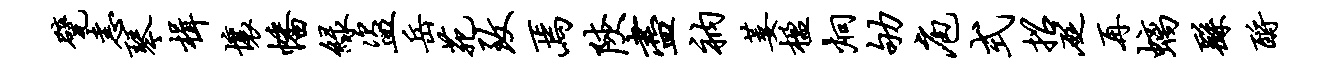
甓恚琴楫壤幡绿盗岳苑致焉陕尽衲萎楹炯劬庖式招砭再螭繇酹